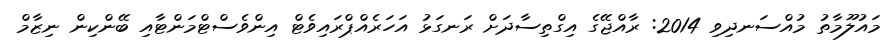
މައުލޫމާތު މުއްސަނދިވި 2014: ރާއްޖޭގެ އިގްތިސާދަށް ރަނގަޅު އަހަރެއްޕްރައިވެޓް އިންވެސްޓްމަންޓާއި ބޭންކިން ނިޒާމް